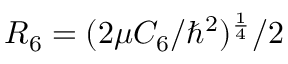
R _ { 6 } = ( 2 \mu C _ { 6 } / \hbar ^ { 2 } ) ^ { \frac { 1 } { 4 } } / 2